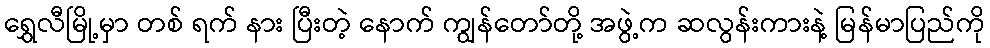
ရွှေလီမြို့မှာ တစ် ရက် နား ပြီးတဲ့ နောက် ကျွန်တော်တို့ အဖွဲ့က ဆလွန်းကားနဲ့ မြန်မာပြည်ကို